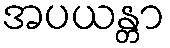
အပယန္တာ